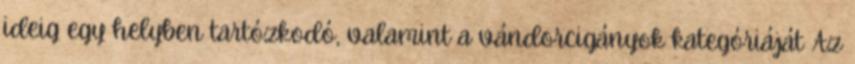
ideig egy helyben tartózkodó, valamint a vándorcigányok kategóriáját Az